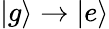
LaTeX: \vert g\rangle\rightarrow\vert e\rangle